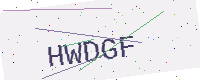
Text: HWDGF